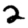
Digit: 2